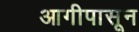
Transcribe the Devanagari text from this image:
आगीपासून